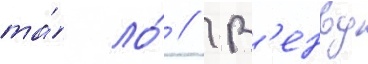
та́ ло́ // В'енву